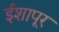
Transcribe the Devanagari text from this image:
ईशापूर